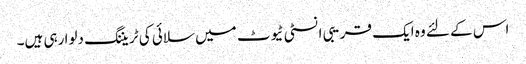
اس کے لئے وہ ایک قریبی انسٹی ٹیوٹ میں سلائی کی ٹریننگ دلوا رہی ہیں۔